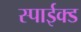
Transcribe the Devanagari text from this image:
स्पाईक्ड